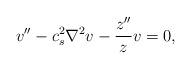
LaTeX: \begin{align*} v''-c_s^2\nabla ^2 v-\frac{z''}{z}v=0 ,\end{align*}